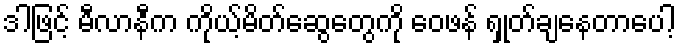
ဒါဖြင့် မီလာနီက ကိုယ့်မိတ်ဆွေတွေကို ဝေဖန် ရှုတ်ချနေတာပေါ့